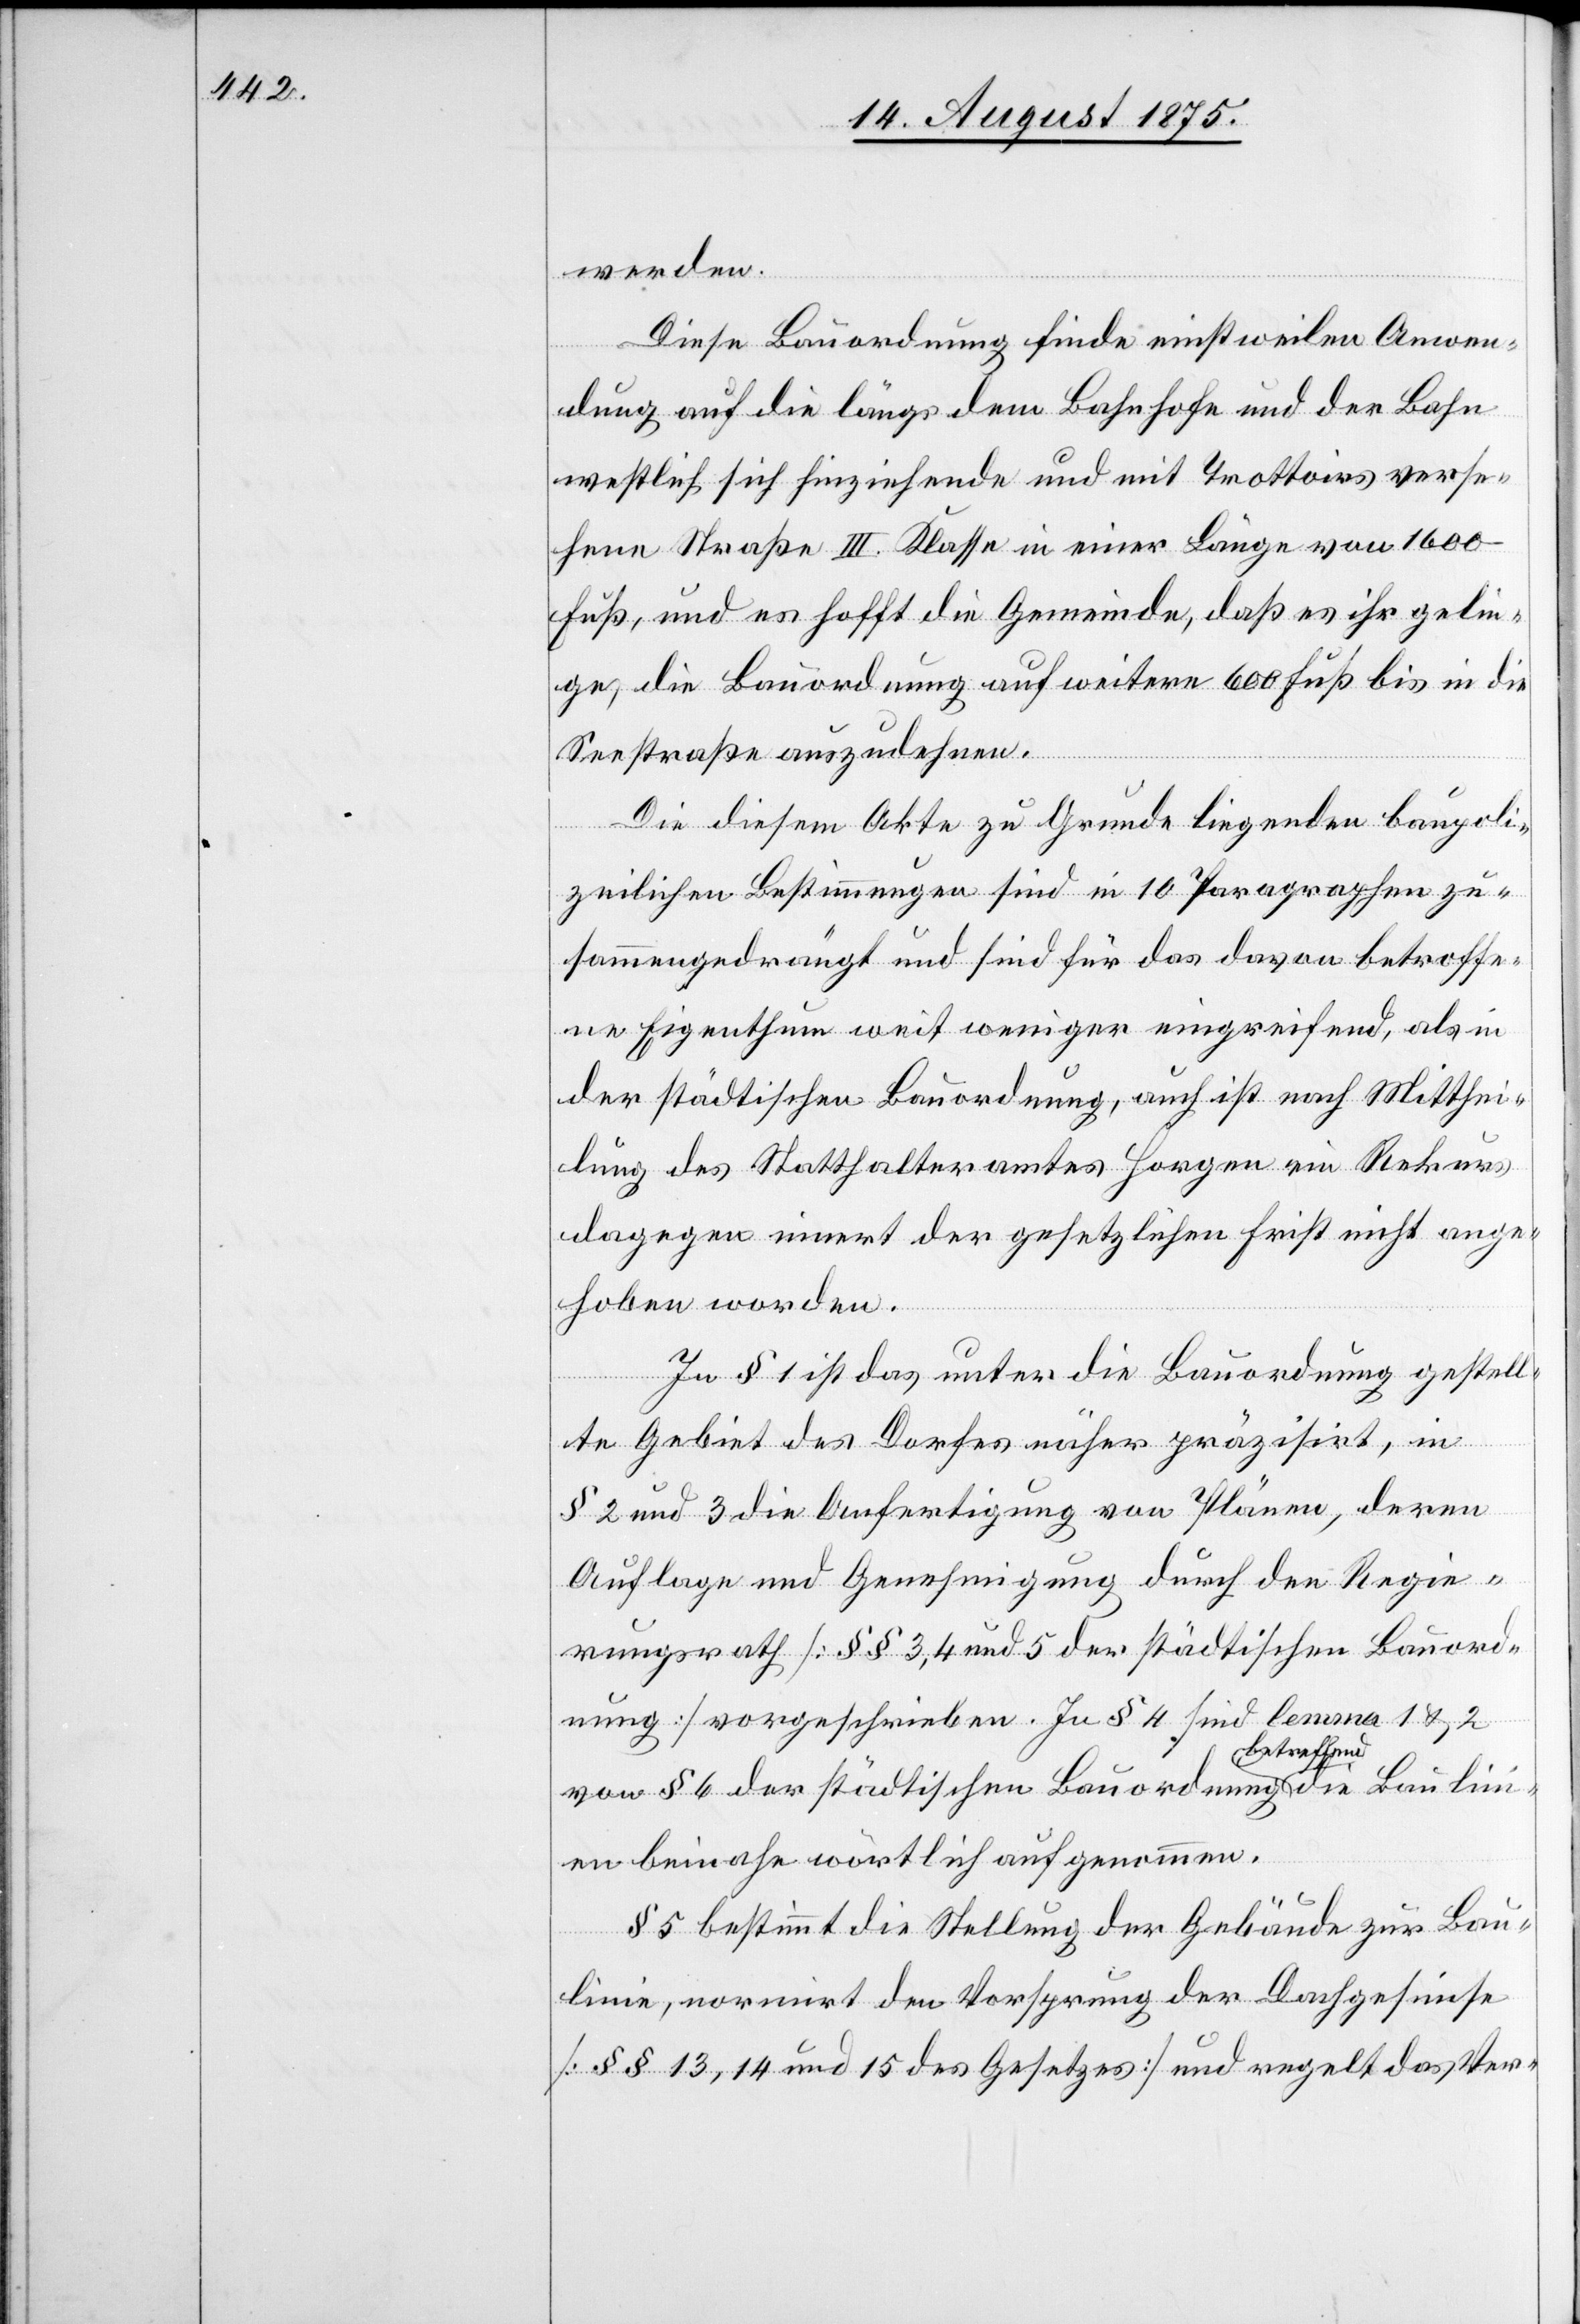
werden.
Baulini¬
Diese Bauordnung finde einstweilen Anwen¬
dung auf die längs dem Bahnhofe und der Bahn
westlich sich hinziehende und mit Trottoirs verse¬
hene Straße III. Klasse in einer Länge von 1600
Fuß, und es hofft die Gemeinde, daß es ihr gelin¬
ge, die Bauordnung auf weitere 600 Fuß bis in die
Seestraße auszudehnen.
Die diesem Akte zu Grunde liegenden baupoli¬
zeilichen Bestimmungen sind in 10 Paragraphen zu¬
sammengedrängt und sind für das davon betroffe¬
ne Eigenthum weit weniger eingreifend, als in
der städtischen Bauordnung, auch ist nach Mitthei¬
lung des Statthalteramtes Horgen ein Rekurs
dagegen innert der gesetzlichen Frist nicht ange¬
hoben worden.
In § 1 ist das unter die Bauordnung gestell¬
te Gebiet des Dorfes näher präzisirt, in
§ 2 und 3 die Anfertigung von Plänen, deren
Auflage und Genehmigung durch den Regie¬
rungsrath [§§ 3, 4 und 5 der städtischen Bauord¬
nung] vorgeschrieben. In § 4 sind lemma 1 & 2
von § 6 der städtischen Bauordnung betref¬
en beinahe wörtlich aufgenommen.
§ 5 bestimmt die Stellung der Gebäude zur Bau¬
linie, normirt den Vorsprung der Dachgesimse
[§§ 13,14 und 15 des Gesetzes] und regelt das Ver-